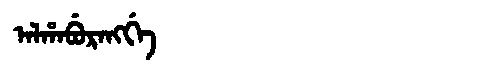
Manchu: ᠠᠯᡥᠠᠪᡠᡵᠠᠩᡤᡝ
Romanization: ALHABURANGGE